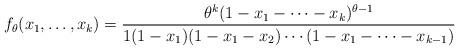
LaTeX: \begin{align*} f_{\theta}(x_1,\dots,x_k) = \frac{\theta^k(1-x_1 - \cdots -x_k)^{\theta-1}} {1(1-x_1)(1-x_1-x_2)\cdots (1-x_1-\cdots-x_{k-1})} \end{align*}